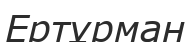
Ертұрман